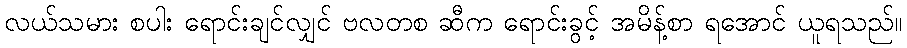
လယ်သမား စပါး ရောင်းချင်လျှင် ဗလတစ ဆီက ရောင်းခွင့် အမိန့်စာ ရအောင် ယူရသည်။